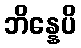
ဘိန္နေပိ